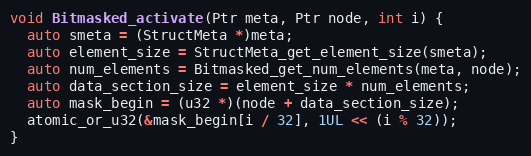
Language: C
void Bitmasked_activate(Ptr meta, Ptr node, int i) {
  auto smeta = (StructMeta *)meta;
  auto element_size = StructMeta_get_element_size(smeta);
  auto num_elements = Bitmasked_get_num_elements(meta, node);
  auto data_section_size = element_size * num_elements;
  auto mask_begin = (u32 *)(node + data_section_size);
  atomic_or_u32(&mask_begin[i / 32], 1UL << (i % 32));
}